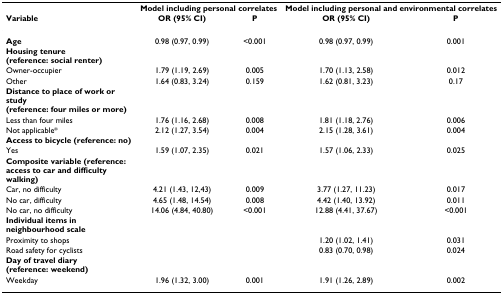
|  | <COLSPAN=2> Model including personal correlates | <COLSPAN=2> Model including personal and environmental correlates |
 | Variable | OR (95% CI) | P | OR (95% CI) | P |
 | --- | --- | --- | --- | --- |
 | Age | 0.98 (0.97, 0.99) | <0.001 | 0.98 (0.97, 0.99) | 0.001 |
 | Housing tenure (reference: social renter) |  |  |  |  |
 | Owner-occupier | 1.79 (1.19, 2.69) | 0.005 | 1.70 (1.13, 2.58) | 0.012 |
 | Other | 1.64 (0.83, 3.24) | 0.159 | 1.62 (0.81, 3.23) | 0.17 |
 | Distance to place of work or study (reference: four miles or more) |  |  |  |  |
 | Less than four miles | 1.76 (1.16, 2.68) | 0.008 | 1.81 (1.18, 2.76) | 0.006 |
 | Not applicable* | 2.12 (1.27, 3.54) | 0.004 | 2.15 (1.28, 3.61) | 0.004 |
 | Access to bicycle (reference: no) |  |  |  |  |
 | Yes | 1.59 (1.07, 2.35) | 0.021 | 1.57 (1.06, 2.33) | 0.025 |
 | Composite variable (reference: access to car and difficulty walking) |  |  |  |  |
 | Car, no difficulty | 4.21 (1.43, 12,43) | 0.009 | 3.77 (1.27, 11.23) | 0.017 |
 | No car, difficulty | 4.65 (1.48, 14.54) | 0.008 | 4.42 (1.40, 13.92) | 0.011 |
 | No car, no difficulty | 14.06 (4.84, 40.80) | <0.001 | 12.88 (4.41, 37.67) | <0.001 |
 | Individual items in neighbourhood scale |  |  |  |  |
 | Proximity to shops |  |  | 1.20 (1.02, 1.41) | 0.031 |
 | Road safety for cyclists |  |  | 0.83 (0.70, 0.98) | 0.024 |
 | Day of travel diary (reference: weekend) |  |  |  |  |
 | Weekday | 1.96 (1.32, 3.00) | 0.001 | 1.91 (1.26, 2.89) | 0.002 |